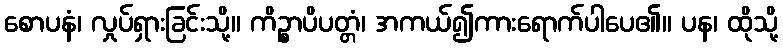
စောပနံ၊ လှုပ်ရှားခြင်းသို့။ ကိဉ္စာပိပတ္တံ၊ အကယ်၍ကားရောက်ပါပေ၏။ ပန၊ ထိုသို့